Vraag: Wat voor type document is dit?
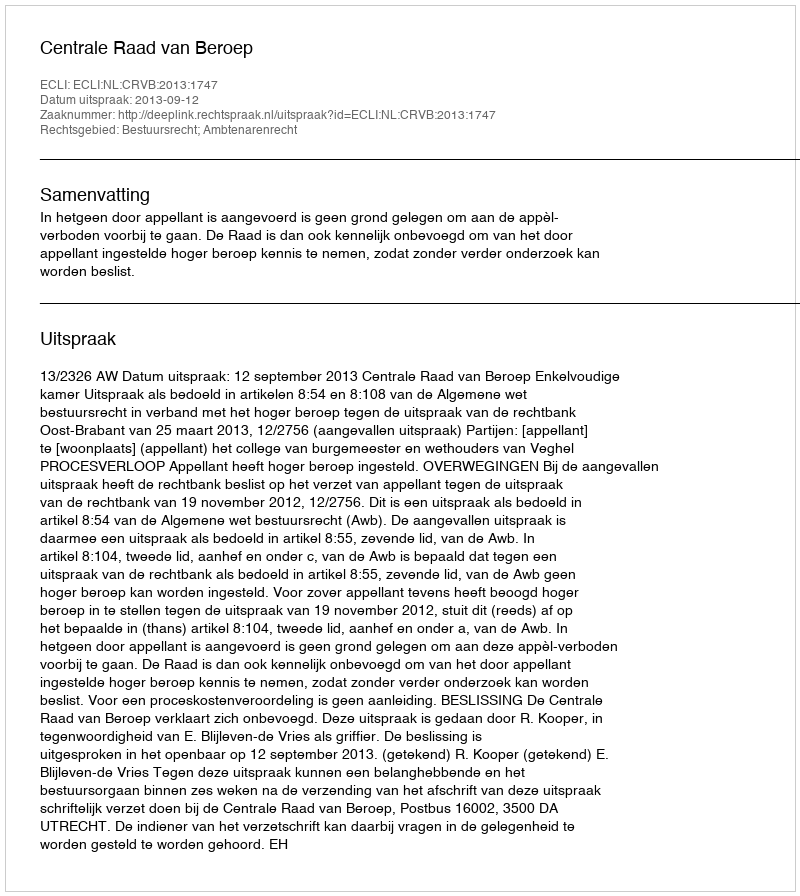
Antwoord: Uitspraak